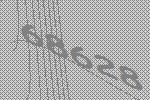
68628